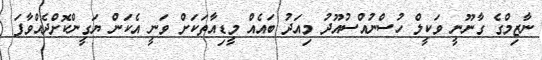
ނާޒިމްގެ ގާނޫނީ ވަކީލް ހުސްނުއްސުއޫދު މިއަދު ބައެއް މީޑިއާތަކަށް ވަނީ އެކަން ޔަގީންކޮށްދެއްވާފަ